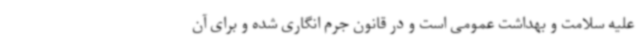
علیه سلامت و بهداشت عمومی است و در قانون جرم انگاری شده و برای آن